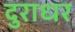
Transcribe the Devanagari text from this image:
दुराधर